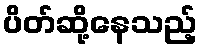
ပိတ်ဆို့နေသည့်